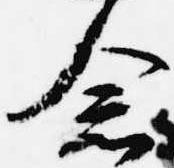
念